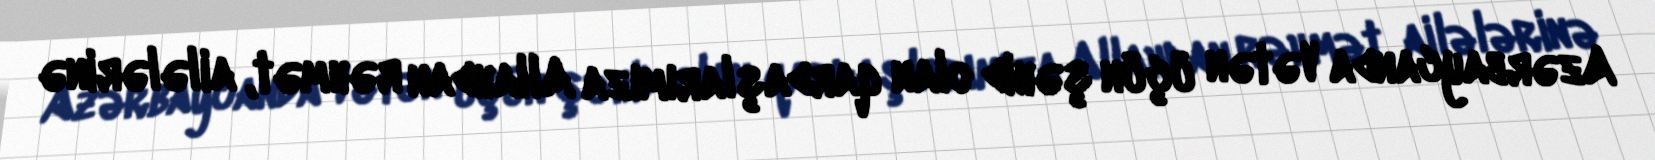
Azərbaycanda Vətən üçün şəhid olan qardaşlarımıza Allahdan rəhmət, ailələrinə